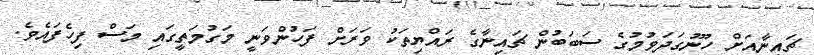
ޗައިނާއަށް ހޫނުގަދަވުމުގެ ސަބަބުން ޗައިނާގެ ރައްޔިތަކު ވަރަށް ފަހުންވަނީ މަގުމަތީގައި މަސް ފިހެފައެވެ.